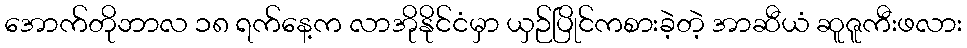
အောက်တိုဘာလ ၁၈ ရက်နေ့က လာအိုနိုင်ငံမှာ ယှဉ်ပြိုင်ကစားခဲ့တဲ့ အာဆီယံ ဆူဇူကီးဖလား